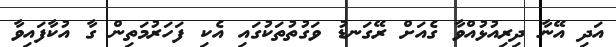
އަދި އޭނާ ދިރިއުޅުއްވާ ގެއަށް ރޭގަނޑު ވަގުތުތަކުގައި އެކި ފަހަރުމަތިން ގާ އުކާފައިވާ